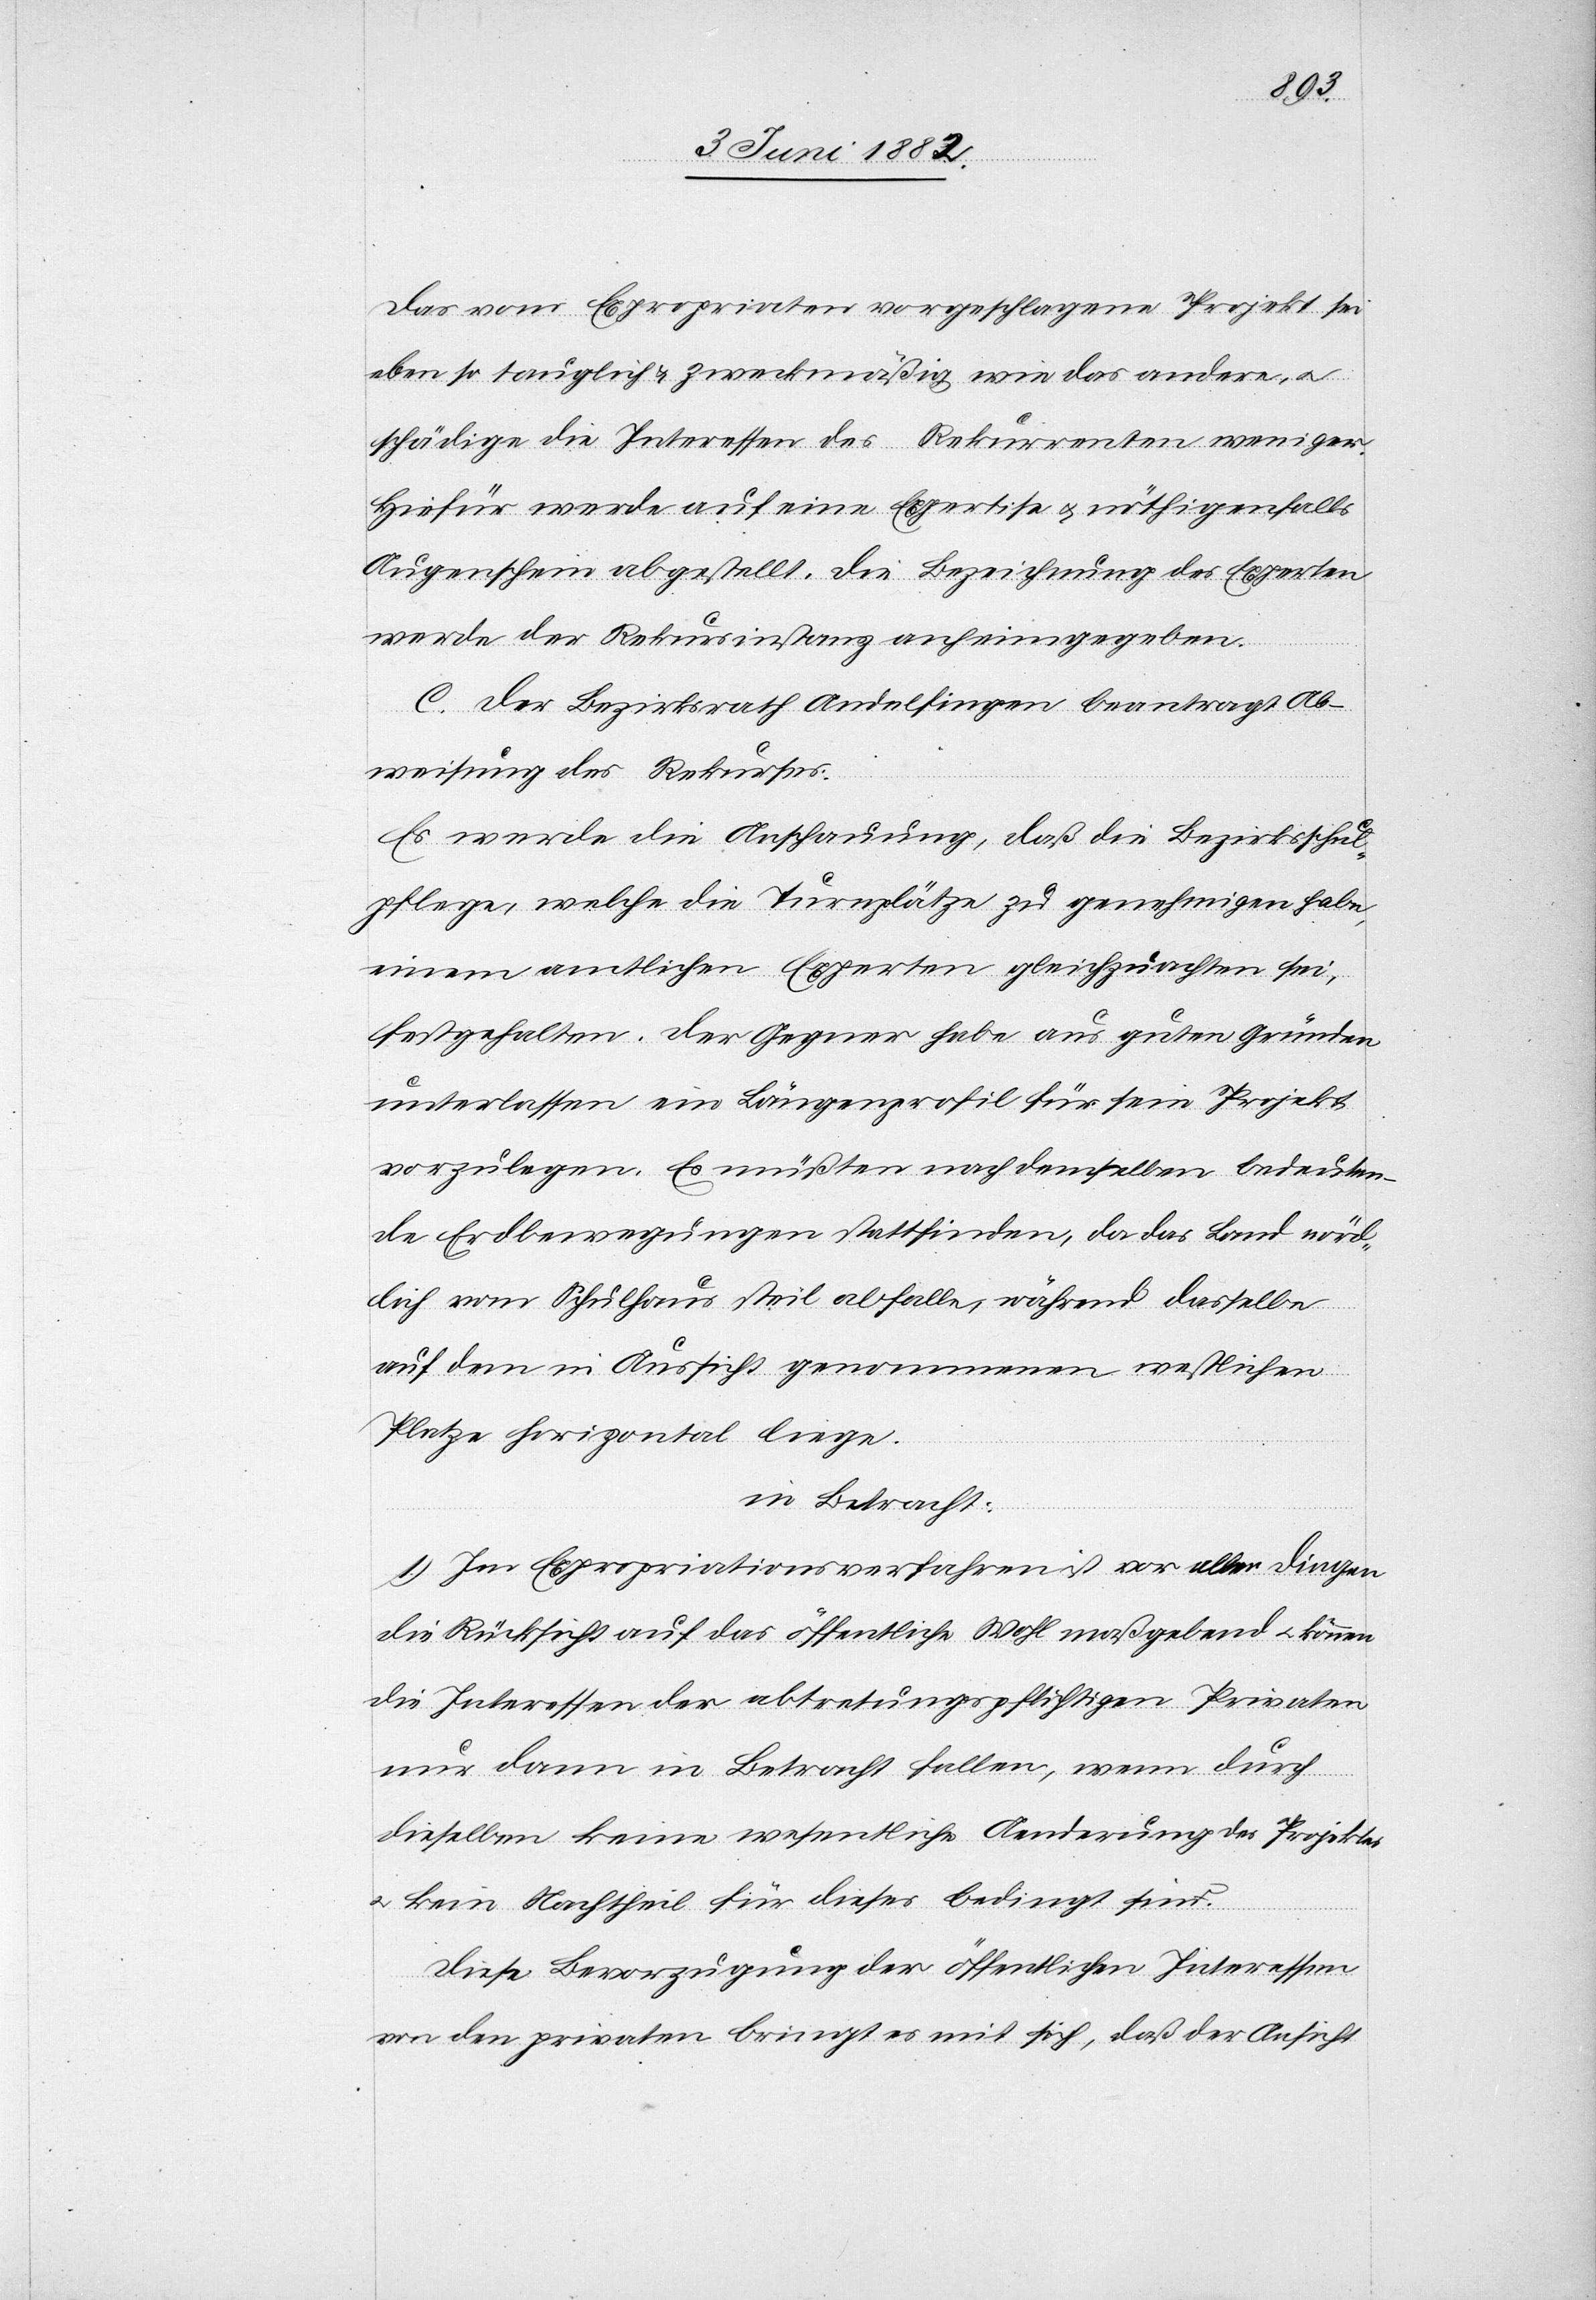
Das vom Expropriaten vorgeschlagene Projekt sei
eben so tauglich & zweckmäßig wie das andere, u.
schädige die Interessen des Rekurrenten weniger.
Hiefür werde auf eine Expertise u. nöthigenfalls
Augenschein abgestellt. Die Bezeichnung des Experten
werde der Rekursinstanz anheimgegeben.
C. Der Bezirksrath Andelfingen beantragt Ab¬
weisung des Rekurses.
Es werde die Anschauung, daß die Bezirksschul¬
pflege, welche die Turnplätze zu genehmigen habe,
einem amtlichen Experten gleichzuachten sei,
festgehalten. Der Gegner habe aus guten Gründen
unterlassen ein Längenprofil für sein Projekt
vorzulegen. Es müßten nach demselben bedeuten¬
de Erdbewegungen stattfinden, da das Land nörd¬
lich vom Schulhaus steil abfalle, während dasselbe
auf dem in Aussicht genommenen westlichen
Platze horizontal liege.
in Betracht:
1. Im Expropriationsverfahren ist vor allen Dingen
die Rücksicht auf das öffentliche Wohl maßgebend u. können
die Interessen der abtretungspflichtigen Privaten
nur dann in Betracht fallen, wenn durch
dieselben keine wesentliche Aenderung des Projektes
u. kein Nachtheil für dieses bedingt sind.
Diese Bevorzugung der öffentlichen Interessen
vor] den Privaten bringt es mit sich, daß der Ansicht